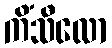
ကိံသီလော